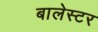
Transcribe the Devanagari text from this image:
बालेस्टर